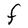
Character: F